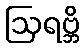
ဩရဗ္ဘိ